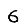
Digit: 6